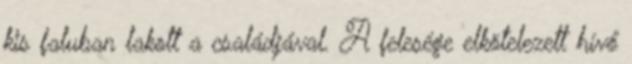
kis faluban lakott a családjával. A felesége elkötelezett hívő